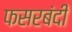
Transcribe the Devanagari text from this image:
फसरबंदी